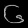
Digit: ၆